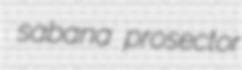
sabana prosector